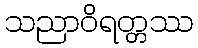
သညာဝိရတ္တဿ